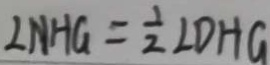
\angle N H G = \frac { 1 } { 2 } \angle D H G